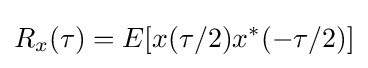
R_{x}(\tau )=E[x(\tau /2)x^{*}(-\tau /2)]